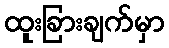
ထူးခြားချက်မှာ